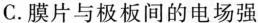
C.膜片与极板间的电场强